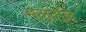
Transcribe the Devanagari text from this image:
मलवल्लि